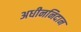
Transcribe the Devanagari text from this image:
अधीननिदान